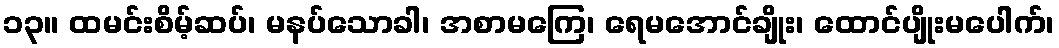
၁၃။ ထမင်းစိမ့်ဆပ်၊ မနပ်သောခါ၊ အစာမကြေ၊ ရေမအောင်ချိုး၊ ထောင်ပျိုးမပေါက်၊